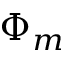
\Phi _ { m }